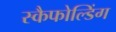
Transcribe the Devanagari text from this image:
स्कैफोल्डिंग